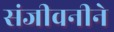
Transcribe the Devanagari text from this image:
संजीवनीने